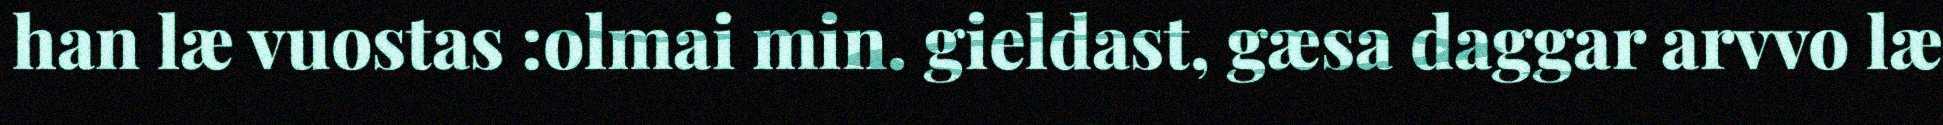
han læ vuostas :olmai min. gieldast, gæsa daggar arvvo læ